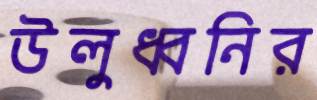
উলুধ্বনির